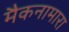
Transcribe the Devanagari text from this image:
मैकनामारा